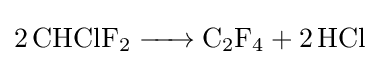
{\ce {2 CHClF2 -> C2F4 + 2 HCl}}